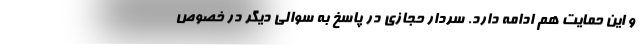
و این حمایت هم ادامه دارد. سردار حجازی در پاسخ به سوالی دیگر در خصوص